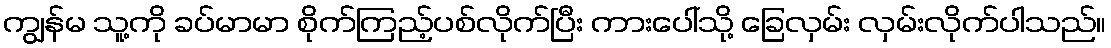
ကျွန်မ သူ့ကို ခပ်မာမာ စိုက်ကြည့်ပစ်လိုက်ပြီး ကားပေါ်သို့ ခြေလှမ်း လှမ်းလိုက်ပါသည်။